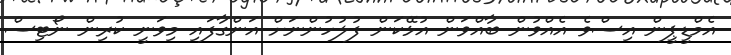
އެމްޑީޕީން އިސްވެ އެއްވުން ބާއްވަން އުޅޭކަން ފުލުހުންނަށް އަންގާފައި މިވަނީ ކުރިން ނޯޓިސް